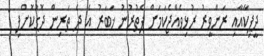
ދީޕިކާއާއި ރަންވީރު ރުޅިވެއްޖެކަމަށް ފެތުރުނު ޚަބަރު އެ ދެ ތަރިން ދޮގުކޮށްފި 1